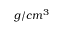
g / c m ^ { 3 }